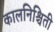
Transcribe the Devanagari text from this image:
कालनिश्चिती